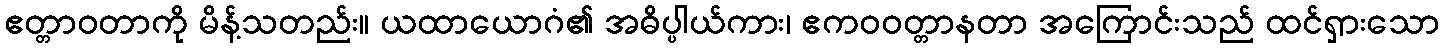
ဧတ္တာဝတာကို မိန့်သတည်း။ ယထာယောဂံ၏ အဓိပ္ပါယ်ကား၊ ဧကဝဝတ္တာနတာ အကြောင်းသည် ထင်ရှားသော